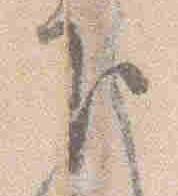
下